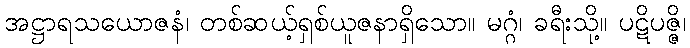
အဋ္ဌာရသယောဇနံ၊ တစ်ဆယ့်ရှစ်ယူဇနာရှိသော။ မဂ္ဂံ၊ ခရီးသို့။ ပဋိပဇ္ဇိ၊